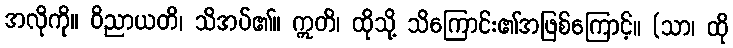
အလိုကို။ ဝိညာယတိ၊ သိအပ်၏။ ဣတိ၊ ထိုသို့ သိကြောင်း၏အဖြစ်ကြောင့်။ (သာ၊ ထို